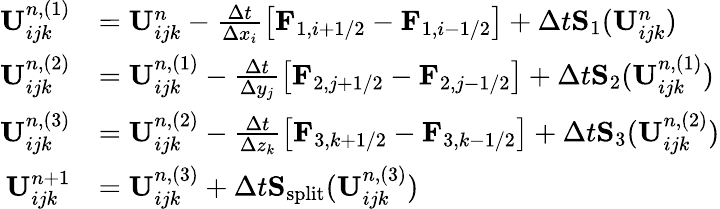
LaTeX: \begin{array}{rl}{\mathbf{U}_{ijk}^{n,(1)}}&{=\mathbf{U}_{ijk}^{n}-\frac{\Delta t}{\Delta x_{i}}\left[\mathbf{F}_{1,i+1/2}-\mathbf{F}_{1,i-1/2}\right]+\Delta t\mathbf{S}_{1}(\mathbf{U}_{ijk}^{n})}\\ {\mathbf{U}_{ijk}^{n,(2)}}&{=\mathbf{U}_{ijk}^{n,(1)}-\frac{\Delta t}{\Delta y_{j}}\left[\mathbf{F}_{2,j+1/2}-\mathbf{F}_{2,j-1/2}\right]+\Delta t\mathbf{S}_{2}(\mathbf{U}_{ijk}^{n,(1)})}\\ {\mathbf{U}_{ijk}^{n,(3)}}&{=\mathbf{U}_{ijk}^{n,(2)}-\frac{\Delta t}{\Delta z_{k}}\left[\mathbf{F}_{3,k+1/2}-\mathbf{F}_{3,k-1/2}\right]+\Delta t\mathbf{S}_{3}(\mathbf{U}_{ijk}^{n,(2)})}\\ {\mathbf{U}_{ijk}^{n+1}}&{=\mathbf{U}_{ijk}^{n,(3)}+\Delta t\mathbf{S}_{\mathrm{split}}(\mathbf{U}_{ijk}^{n,(3)})}\end{array}